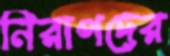
নিরাপদের